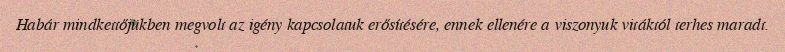
Habár mindkettőjükben megvolt az igény kapcsolatuk erősítésére, ennek ellenére a viszonyuk vitáktól terhes maradt.